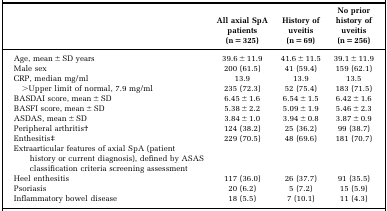
<table><thead><tr><td></td><td><b>All axial SpA patients (n = 325)</b></td><td><b>History of uveitis (n = 69)</b></td><td><b>No prior history of uveitis (n = 256)</b></td></tr></thead><tbody><tr><td>Age, mean ± SD years</td><td>39.6 ± 11.9</td><td>41.6 ± 11.5</td><td>39.1 ± 11.9</td></tr><tr><td>Male sex</td><td>200 (61.5)</td><td>41 (59.4)</td><td>159 (62.1)</td></tr><tr><td>CRP, median mg/ml</td><td>13.9</td><td>13.9</td><td>13.5</td></tr><tr><td>&gt;Upper limit of normal, 7.9 mg/ml</td><td>235 (72.3)</td><td>52 (75.4)</td><td>183 (71.5)</td></tr><tr><td>BASDAI score, mean ± SD</td><td>6.45 ± 1.6</td><td>6.54 ± 1.5</td><td>6.42 ± 1.6</td></tr><tr><td>BASFI score, mean ± SD</td><td>5.38 ± 2.2</td><td>5.09 ± 1.9</td><td>5.46 ± 2.3</td></tr><tr><td>ASDAS, mean ± SD</td><td>3.84 ± 1.0</td><td>3.94 ± 0.8</td><td>3.87 ± 0.9</td></tr><tr><td>Peripheral arthritisb</td><td>124 (38.2)</td><td>25 (36.2)</td><td>99 (38.7)</td></tr><tr><td>Enthesitisc</td><td>229 (70.5)</td><td>48 (69.6)</td><td>181 (70.7)</td></tr><tr><td>Extraarticular features of axial SpA (patient history or current diagnosis), defined by ASAS classification criteria screening assessment</td><td></td><td></td><td></td></tr><tr><td>Heel enthesitis</td><td>117 (36.0)</td><td>26 (37.7)</td><td>91 (35.5)</td></tr><tr><td>Psoriasis</td><td>20 (6.2)</td><td>5 (7.2)</td><td>15 (5.9)</td></tr><tr><td>Inflammatory bowel disease</td><td>18 (5.5)</td><td>7 (10.1)</td><td>11 (4.3)</td></tr></tbody></table>